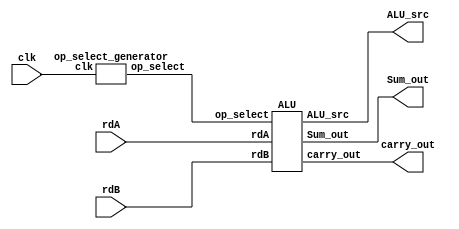
`timescale 1ns / 1ps
//////////////////////////////////////////////////////////////////////////////////
// Company: 
// Engineer: 
// 
// Design Name: 
// Module Name: EXECUTE
// Project Name: 
// Target Devices: 
// Tool Versions: 
// Description: 
// 
// Dependencies: 
// 
// Revision:
// Revision 0.01 - File Created
// Additional Comments:
// 
//////////////////////////////////////////////////////////////////////////////////


module EXECUTE(
input clk,
input [7:0] rdA, rdB,
output [7:0] ALU_src,          
output [7:0] carry_out,Sum_out 
    );
wire [2:0] op_select;
op_select_generator op_selection(.clk(clk),.op_select(op_select));
ALU alu(.op_select(op_select),.ALU_src(ALU_src),.rdA(rdA),.rdB(rdB),.carry_out(carry_out),.Sum_out(Sum_out));
endmodule
module op_select_generator(
input clk,
output reg [2:0] op_select
);
always@(posedge clk) begin
op_select <= op_select + 1'b1;
if(op_select > 3'b111) begin
op_select <= 3'b000;
end
else begin
op_select <= op_select + 1'b1;
end
end
endmodule 
module ALU(
input [2:0] op_select,
input [7:0] rdA,rdB,
output reg [7:0] ALU_src,
output reg [7:0] carry_out,Sum_out
);

always@(op_select) begin
carry_out <= rdA ^ rdB;
Sum_out   <= rdA | rdB;
case(op_select) 
3'b000 : ALU_src <= rdA + rdB;
3'b001 : ALU_src <= rdA << rdB;
3'b010 : begin
if(rdA < rdB) begin
ALU_src <= rdA;
end
else
ALU_src <= rdB;
end
3'b011: begin
if(rdA < rdB) begin
ALU_src <= rdA;
end
else begin
ALU_src <= rdB;
end
end
3'b100: ALU_src <= rdA ^ rdB;
3'b101: ALU_src <= rdA >> rdB;
3'b110 : ALU_src <= rdA | rdB;
3'b111: ALU_src <= rdA & rdB;
endcase
end
endmodule